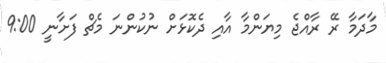
މާދަމާ ރޭ ރާއްޖެ މިޔަންމާ އާއި ދެކޮޅަށް ނުކުންނަ މެޗް ފަށާނީ 9:00